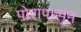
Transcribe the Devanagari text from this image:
पोरांपासून